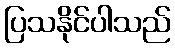
ပြသနိုင်ပါသည်